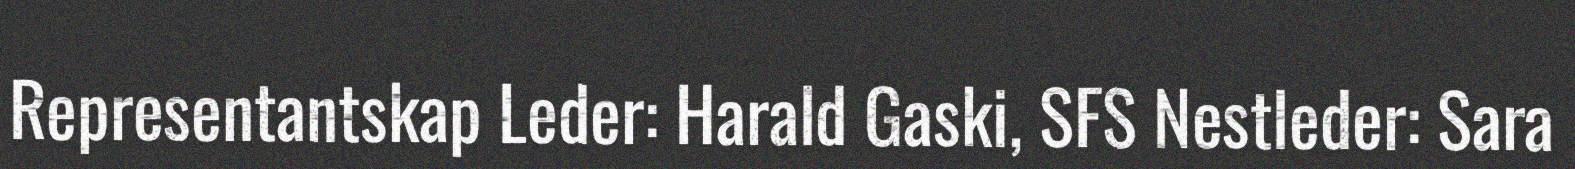
Representantskap Leder: Harald Gaski, SFS Nestleder: Sara